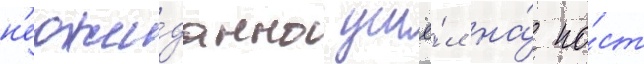
н'еожи́данно ушё́л на́ по́ст